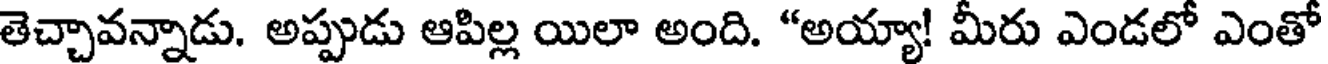
తెచ్చావన్నాడు. అప్పుడు ఆపిల్ల యిలా అంది. "అయ్యా! మీరు ఎండలో ఎంతో